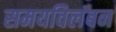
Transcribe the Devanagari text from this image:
समयविलंबन